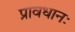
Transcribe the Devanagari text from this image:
प्रावधानः